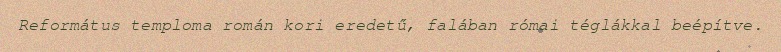
Református temploma román kori eredetű, falában római téglákkal beépítve.